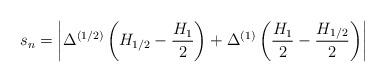
LaTeX: \begin{align*}s_n = \left| \Delta^{(1/2)} \left( H_{1/2} - \frac{H_1}{2} \right)+ \Delta^{(1)} \left( \frac{H_1}{2} - \frac{H_{1/2}}{2} \right) \right|\end{align*}